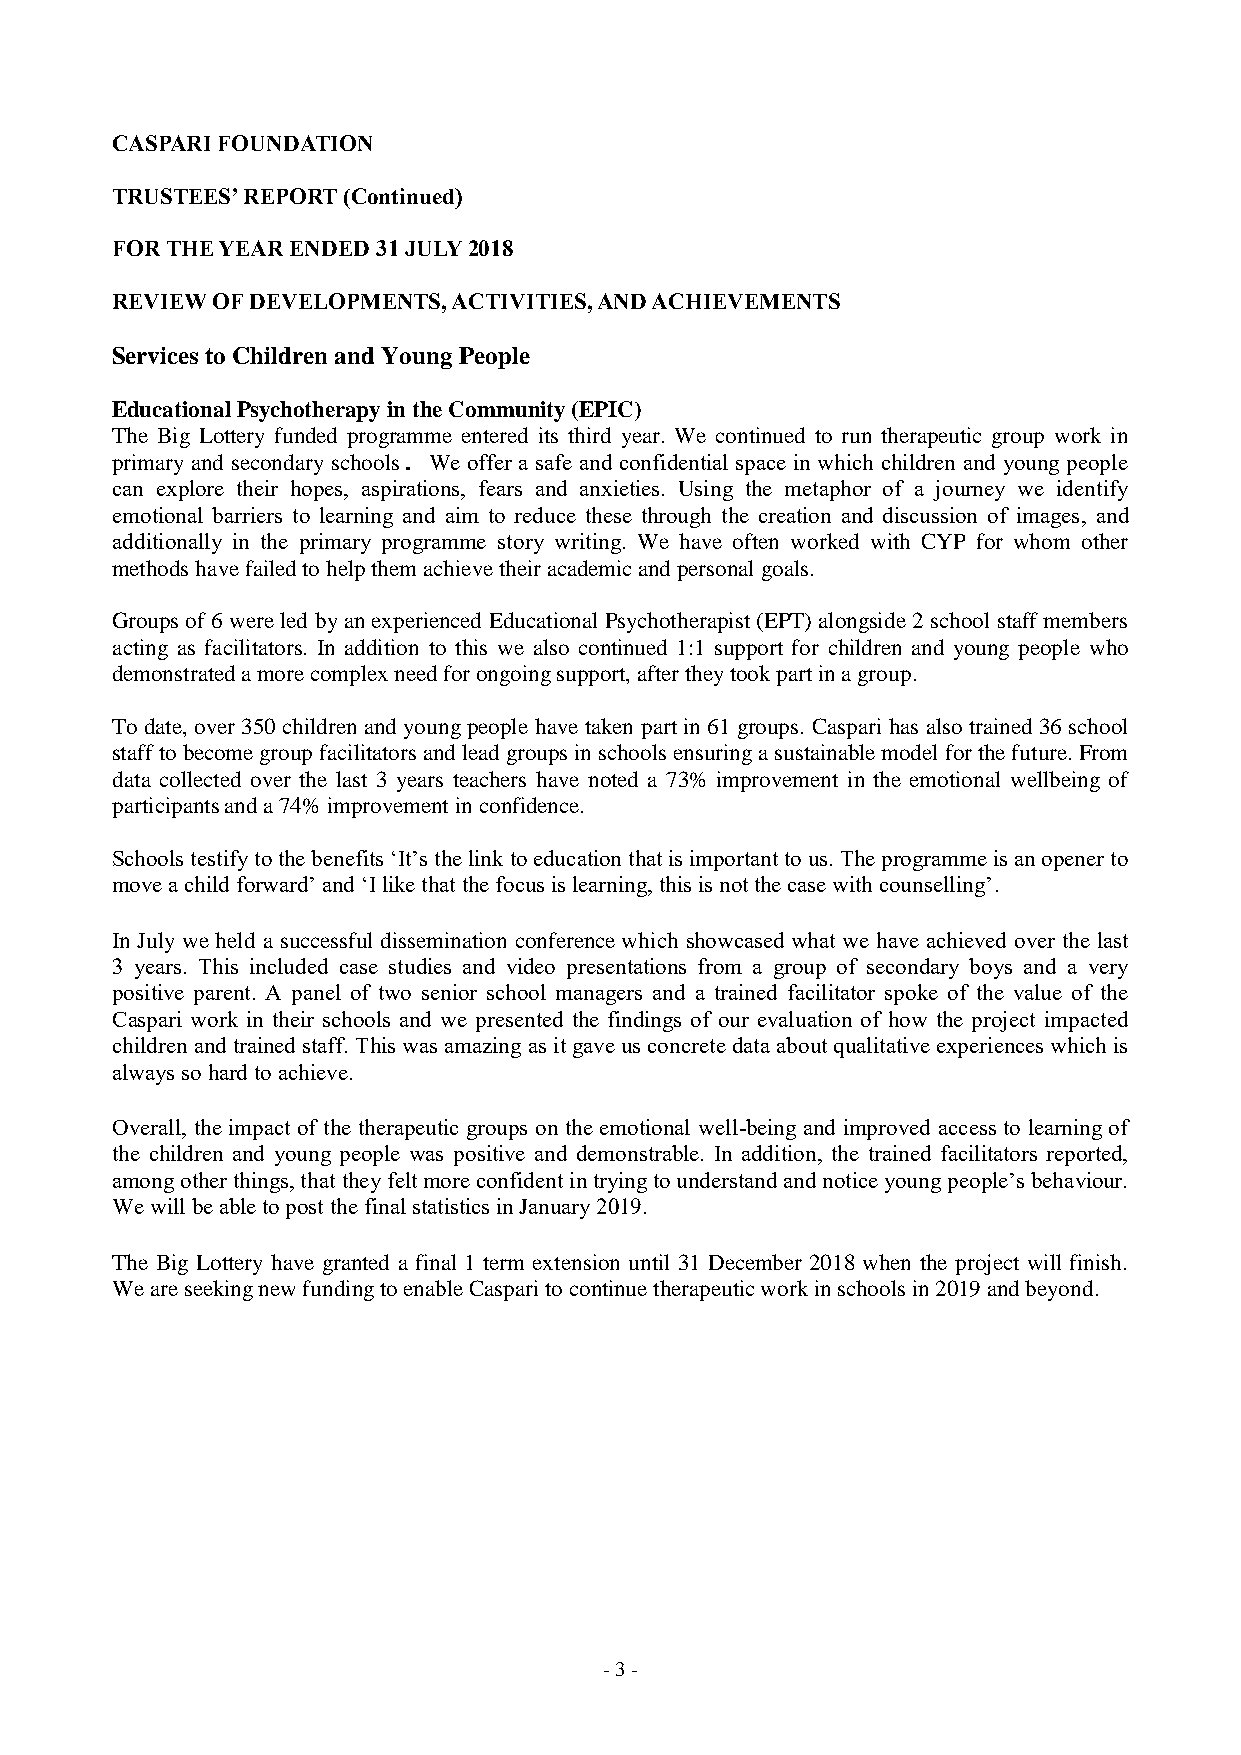
CASPARI FOUNDATION
 TRUSTEES’ REPORT (Continued)
 FOR THE YEAR ENDED 31 JULY 2018
 REVIEW OF DEVELOPMENTS, ACTIVITIES, AND ACHIEVEMENTS
 Services to Children and Young People
 Educational Psychotherapy in the Community (EPIC)
 The Big Lottery funded programme entered its third year. We continued to run therapeutic group work in
 primary and secondary schools. We offer a safe and confidential space in which children and young people
 can explore their hopes, aspirations, fears and anxieties. Using the metaphor of a journey we identify
 emotional barriers to learning and aim to reduce these through the creation and discussion of images, and
 additionally in the primary programme story writing. We have often worked with CYP for whom other
 methods have failed to help them achieve their academic and personal goals.
 Groups of 6 were led by an experienced Educational Psychotherapist (EPT) alongside 2 school staff members
 acting as facilitators. In addition to this we also continued 1:1 support for children and young people who
 demonstrated a more complex need for ongoing support, after they took part in a group.
 To date, over 350 children and young people have taken part in 61 groups. Caspari has also trained 36 school
 staff to become group facilitators and lead groups in schools ensuring a sustainable model for the future. From
 data collected over the last 3 years teachers have noted a 73% improvement in the emotional wellbeing of
 participants and a 74% improvement in confidence.
 Schools testify to the benefits ‘It’s the link to education that is important to us. The programme is an opener to
 move a child forward’ and ‘I like that the focus is learning, this is not the case with counselling’.
 In July we held a successful dissemination conference which showcased what we have achieved over the last
 3 years. This included case studies and video presentations from a group of secondary boys and a very
 positive parent. A panel of two senior school managers and a trained facilitator spoke of the value of the
 Caspari work in their schools and we presented the findings of our evaluation of how the project impacted
 children and trained staff. This was amazing as it gave us concrete data about qualitative experiences which is
 always so hard to achieve.
 Overall, the impact of the therapeutic groups on the emotional well-being and improved access to learning of
 the children and young people was positive and demonstrable. In addition, the trained facilitators reported,
 among other things, that they felt more confident in trying to understand and notice young people’s behaviour.
 We will be able to post the final statistics in January 2019.
 The Big Lottery have granted a final 1 term extension until 31 December 2018 when the project will finish.
 We are seeking new funding to enable Caspari to continue therapeutic work in schools in 2019 and beyond.
 - 3 -